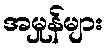
အမှုန်များ